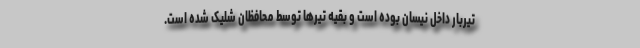
تیربار داخل نیسان بوده است و بقیه تیرها توسط محافظان شلیک شده است.